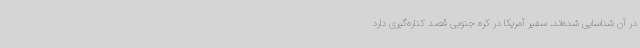
در آن شناسایی شده‌اند. سفیر آمریکا در کره جنوبی قصد کناره‌گیری دارد